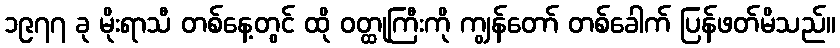
၁၉၇၇ ခု မိုးရာသီ တစ်နေ့တွင် ထို ဝတ္ထုကြီးကို ကျွန်တော် တစ်ခေါက် ပြန်ဖတ်မိသည်။